Vaccination North-Western Provinces and Oudh 1896-1901 - 1896-1901
Year: 1896
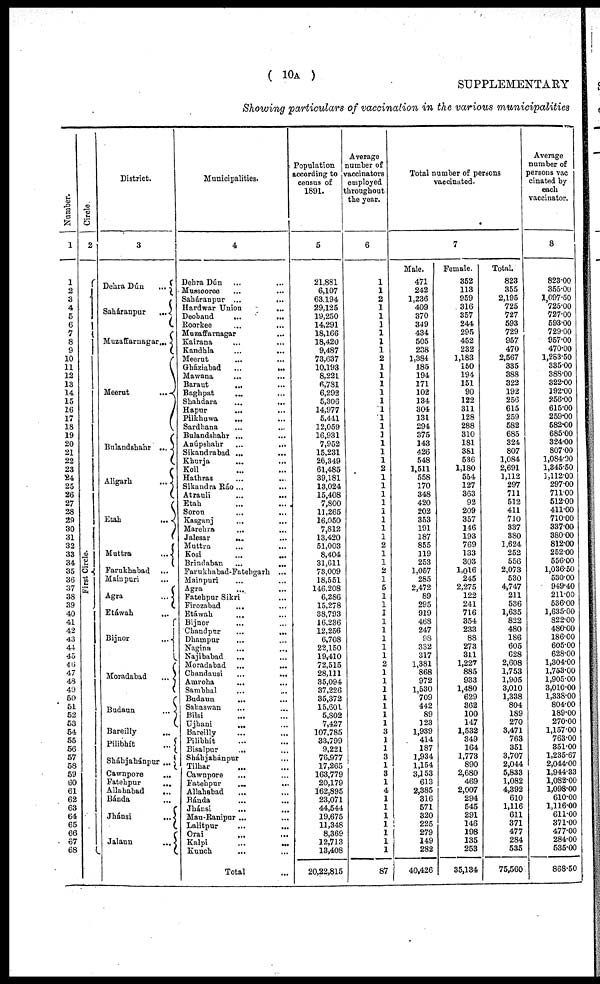
( 10A )
SUPPLEMENTARY
Showing particulars of vaccination in the various municipalities
Number.
1
1
2
3
4
5
6
7
8
9
10
11
12
13
14
15
16
17
18
19
20
21
22
23
24
25
26
27
28
29
30
31
32
33
34
35
36
37
38
39
40
41
42
43
44
45
46
47
48
40
50
51
52
53
54
55
56
57
58
59
60
61
62
63
64
65
66
67
68
Circle.
2
First Circle.
District.
3
Dehra Dún
...
Saháranpur
...
Muzaffarnagar ...
Meerut
...
Bulandshahr ...
Aligarh
...
Etah
...
Muttra
...
Farukhabad ...
Mainpuri
...
Agra
...
Etáwah ...
Bijnor
...
Moradabad
...
Budaun
...
Bareilly
...
Pilibhít
...
Sháhjahánpur ...
Cawnpore
...
Fatehpur
...
Allahabad
...
Bánda ...
Jhánsi
...
Jalaun
...
Municipalities.
4
Dehra Dún ... ...
Mussooree ... ...
Saháranpur
...
...
Hardwar Union
... ...
Deoband
... ...
Roorkee
... ...
Muzaffarnagar ... ...
Kairana ... ...
Kandhla
...
...
Meerut ... ...
Gháziabad
...
...
Mawana ... ...
Baraut
... ...
Baghpat ... ...
Shahdara ... ...
Hapur
... ...
Pilkhuwa ... ...
Sardhana ... ...
Bulandshahr ... ...
Anúpshahr ... ...
Sikandrabad
...
...
Khurja ... ...
Koil ... ...
Hathras ... ...
Sikandra Ráo ... ...
Atrauli ... ...
Etah ... ...
Soron ... ...
Kasganj
... ...
Marehra ... ...
Jalesar
... ...
Muttra ... ...
Kosi ... ...
Brindaban
...
...
Farukhabad-Fatehgarh ...
Mainpuri ... ...
Agra ... ...
Fatehpur Sikri ... ...
Firozabad ... ...
Etáwah ... ...
Bijnor ... ...
Chandpur
...
...
Dhampur ... ...
Nagina ... ...
Najibabad ... ...
Moradabad ... ...
Chandausi
...
...
Amroha ... ...
Sambhal ... ...
Budaun ... ...
Sahaswan ... ...
Bilsi ... ...
Ujhani
... ...
Bareilly ... ...
Pilibhít ... ...
Bisalpur
... ...
Sháhjahánpur ... ...
Tilhar ... ...
Cawnpore ... ...
Fatehpur ... ...
Allahabad ... ...
Bánda
...
...
Jhánsi
...
...
Mau-Ranipur
...
...
Lalitpur ... ...
Orai
...
...
Kalpi ... ...
Kunch ... ...
Total ...
Population
according to
census of
1891.
5
21,881
6,107
63,194
29,125
19,250
14,291
18,166
18,420
9,487
73,637
10,193
8,221
6,781
6,292
5,306
14,977
5,441
12,059
16,931
7,952
15,231
26,349
61,485
39,181
13,024
15,408
7,800
11,265
16,050
7,812
13,420
51,003
8,404
31,611
73,009
18,551
146,208
6,286
15,278
38,793
16,236
12,256
6,708
22,150
19,410
72,515
28,111
35,094
37,226
35,372
15,601
5,802
7,427
107,785
33,799
9,221
76,977
17,265
163,779
20,179
162,895
23,071
44,544
19,675
11,348
8,369
12,713
13,408
20,22,815
Average
number of
vaccinators
employed
throughout
the year.
6
1
1
2
1
1
1
1
1
1
2
1
1
1
1
1
1
1
1
1
1
1
1
2
1
1
1
1
1
1
1
1
2
1
1
2
1
5
1
1
1
1
1
1
1
1
2
1
1
1
1
1
1
1
3
1
1
3
1
3
1
4
1
1
1
1
1
1
1
87
Total number of persons
vaccinated.
7
Male.
471
242
1,236
409
370
349
434
505
238
1,384
185
194
171
102
134
304
131
294
375
143
426
548
1,511
558
170
348
420
202
353
191
187
855
119
253
1,057
285
2,472
89
295
919
468
247
98
332
317
1,381
868
972
1,530
709
442
89
123
1,939
414
187
1,934
1,154
3,153
613
2,385
316
571
320
225
279
149
282
40,426
Female.
352
113
959
316
357
244
295
452
232
1,183
150
194
151
90
122
311
128
288
310
181
381
536
1,180
554
127
363
92
209
357
146
193
769
133
303
1,016
245
2,275
122
241
716
354
233
88
273
311
1,227
885
933
1,480
629
362
100
147
1,532
349
164
1,773
890
2,680
469
2,007
294
545
291
146
198
135
253
35,134
Total.
823
355
2,195
725
727
593
729
957
470
2,567
335
388
322
192
256
615
259
582
685
324
807
1,084
2,691
1,112
297
711
512
411
710
337
380
1,624
252
556
2,073
530
4,747
211
536
1,635
822
480
186
605
628
2,608
1,753
1,905
3,010
1,338
804
189
270
3,471
763
351
3,707
2,044
5,833
1,082
4,392
610
1,116
611
371
477
284
535
75,560
Average
number of
persons vac¬
cinated by
each
vaccinator.
8
823.00
355.00
1,097.50
725.00
727.00
593.00
729.00
957.00
470.00
1,283.50
335.00
388.00
322.00
192.00
256.00
615.00
259.00
582.00
685.00
324.00
807.00
1,084.00
1,345.50
1,112.00
297.00
711.00
512.00
411.00
710.00
337.00
380.00
812.00
252.00
556.00
1,036.50
530.00
949.40
211.00
536.00
1,635.00
822.00
480.00
186.00
605.00
628.00
1,304.00
1,753.00
1,905.00
3,010.00
1,338.00
804.00
189.00
270.00
1,157.00
763.00
351.00
1,235.67
2,044.00
1,944.33
1,082.00
1,098.00
610.00
1,116.00
611.00
371.00
477.00
284.00
535.00
868.50